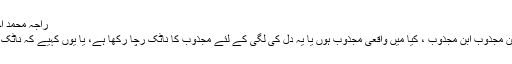
راجہ محمد احسان | مکالمہ
میں مجذوب ابنِ مجذوب ابنِ مجذوب ، کیا میں واقعی مجذوب ہوں یا یہ دل کی لگی کے لئے مجذوب کا ناٹک رچا رکھا ہے، یا یوں کہیے کہ ناٹک رچا رکھا تھا۔